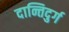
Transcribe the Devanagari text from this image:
दान्तिदुर्ग